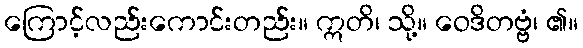
ကြောင့်လည်းကောင်းတည်း။ ဣတိ၊ သို့။ ဝေဒိတဗ္ဗံ၊ ၏။